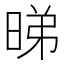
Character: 𬀹